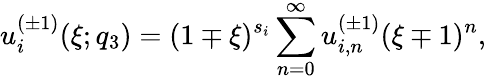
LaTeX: u_{i}^{(\pm 1)}(\xi;q_{3})=(1\mp\xi)^{s_{i}}\sum_{n=0}^{\infty}u_{i,n}^{(\pm 1)}(\xi\mp 1)^{n},